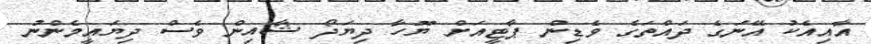
އާއިއެކު އޭނަގެ ދައްތަގެ ވެޑިން ޕާޓީއަށް ޔޫހާ ދިޔަދޯ ޝާއިން ވެސް ދިޔައީމެންނު